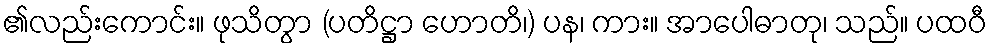
၏လည်းကောင်း။ ဖုသိတွာ (ပတိဋ္ဌာ ဟောတိ၊) ပန၊ ကား။ အာပေါဓာတု၊ သည်။ ပထဝီ